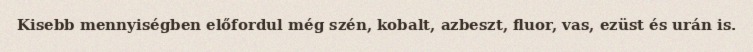
Kisebb mennyiségben előfordul még szén, kobalt, azbeszt, fluor, vas, ezüst és urán is.